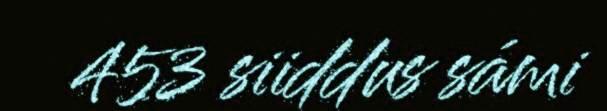
453 siiddus sámi